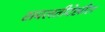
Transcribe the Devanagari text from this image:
सवलतीदेखील